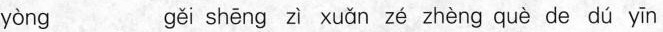
yòng gěi shēng zì xuǎn zé zhèng què de dú yīn